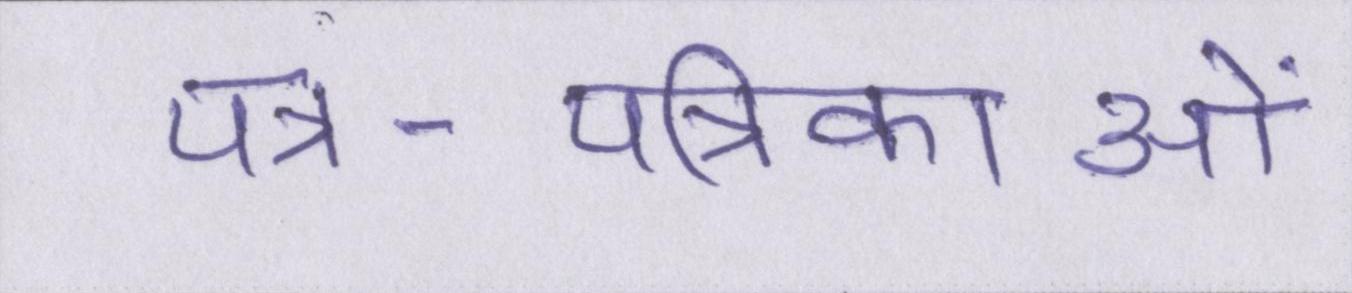
पत्र-पत्रिकाओं